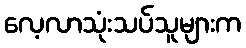
လေ့လာသုံးသပ်သူများက